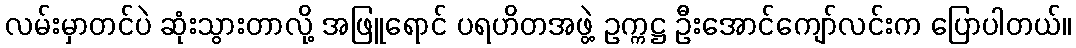
လမ်းမှာတင်ပဲ ဆုံးသွားတာလို့ အဖြူရောင် ပရဟိတအဖွဲ့ ဥက္ကဋ္ဌ ဦးအောင်ကျော်လင်းက ပြောပါတယ်။